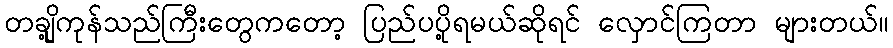
တချို့ကုန်သည်ကြီးတွေကတော့ ပြည်ပပို့ရမယ်ဆိုရင် လှောင်ကြတာ များတယ်။